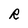
Character: R